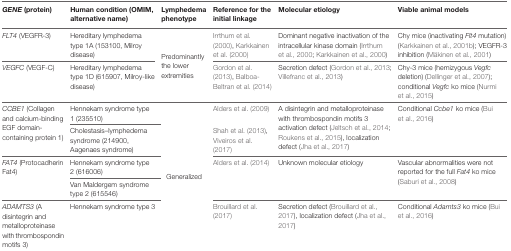
<table><thead><tr><td><b><i>GENE</i> (protein)</b></td><td><b>Human condition (OMIM, alternative name)</b></td><td><b>Lymphedema phenotype</b></td><td><b>Reference for the initial linkage</b></td><td><b>Molecular etiology</b></td><td><b>Viable animal models</b></td></tr></thead><tbody><tr><td><i>FLT4</i> (VEGFR-3)</td><td>Hereditary lymphedema type 1A (153100, Milroy disease)</td><td rowspan="3">Predominantly the lower extremities</td><td>Irrthum et al. (2000), Karkkainen et al. (2000)</td><td>Dominant negative inactivation of the intracellular kinase domain (Irrthum et al., 2000; Karkkainen et al., 2000)</td><td>Chy mice (inactivating <i>Flt4</i> mutation) (Karkkainen et al., 2001b); VEGFR-3 inhibition (Mäkinen et al., 2001)</td></tr><tr><td><i>VEGFC</i> (VEGF-C)</td><td>Hereditary lymphedema type 1D (615907, Milroy-like disease)</td><td>Gordon et al. (2013), Balboa-Beltran et al. (2014)</td><td>Secretion defect (Gordon et al., 2013; Villefranc et al., 2013)</td><td>Chy-3 mice (hemizygous <i>Vegfc</i> deletion) (Dellinger et al., 2007); conditional <i>Vegfc</i> ko mice (Nurmi et al., 2015)</td></tr><tr><td rowspan="2"><i>CCBE1</i> (Collagen and calcium-binding EGF domain-containing protein 1)</td><td>Hennekam syndrome type 1 (235510)</td><td rowspan="7">Generalized</td><td>Alders et al. (2009)</td><td rowspan="2">A disintegrin and metalloproteinase with thrombospondin motifs 3 activation defect (Jeltsch et al., 2014; Roukens et al., 2015), localization defect (Jha et al., 2017)</td><td rowspan="2">Conditional <i>Ccbe1</i> ko mice (Bui et al., 2016)</td></tr><tr><td>Cholestasis–lymphedema syndrome (214900, Aagenaes syndrome)</td><td>Shah et al. (2013), Viveiros et al. (2017)</td></tr><tr><td rowspan="2"><i>FAT4</i> (Protocadherin Fat4)</td><td>Hennekam syndrome type 2 (616006)</td><td rowspan="2">Alders et al. (2014)</td><td rowspan="2">Unknown molecular etiology</td><td rowspan="2">Vascular abnormalities were not reported for the full <i>Fat4</i> ko mice (Saburi et al., 2008)</td></tr><tr><td>Van Maldergem syndrome type 2 (615546)</td></tr><tr><td><i>ADAMTS3</i> (A disintegrin and metalloproteinase with thrombospondin motifs 3)</td><td>Hennekam syndrome type 3</td><td>Brouillard et al. (2017)</td><td>Secretion defect (Brouillard et al., 2017), localization defect (Jha et al., 2017)</td><td>Conditional <i>Adamts3</i> ko mice (Bui et al., 2016)</td></tr></tbody></table>